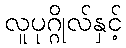
လူပုဂ္ဂိုလ်နှင့်